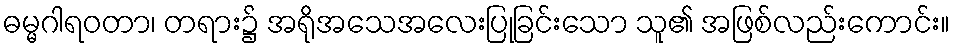
ဓမ္မဂါရဝတာ၊ တရား၌ အရိုအသေအလေးပြုခြင်းသော သူ၏ အဖြစ်လည်းကောင်း။